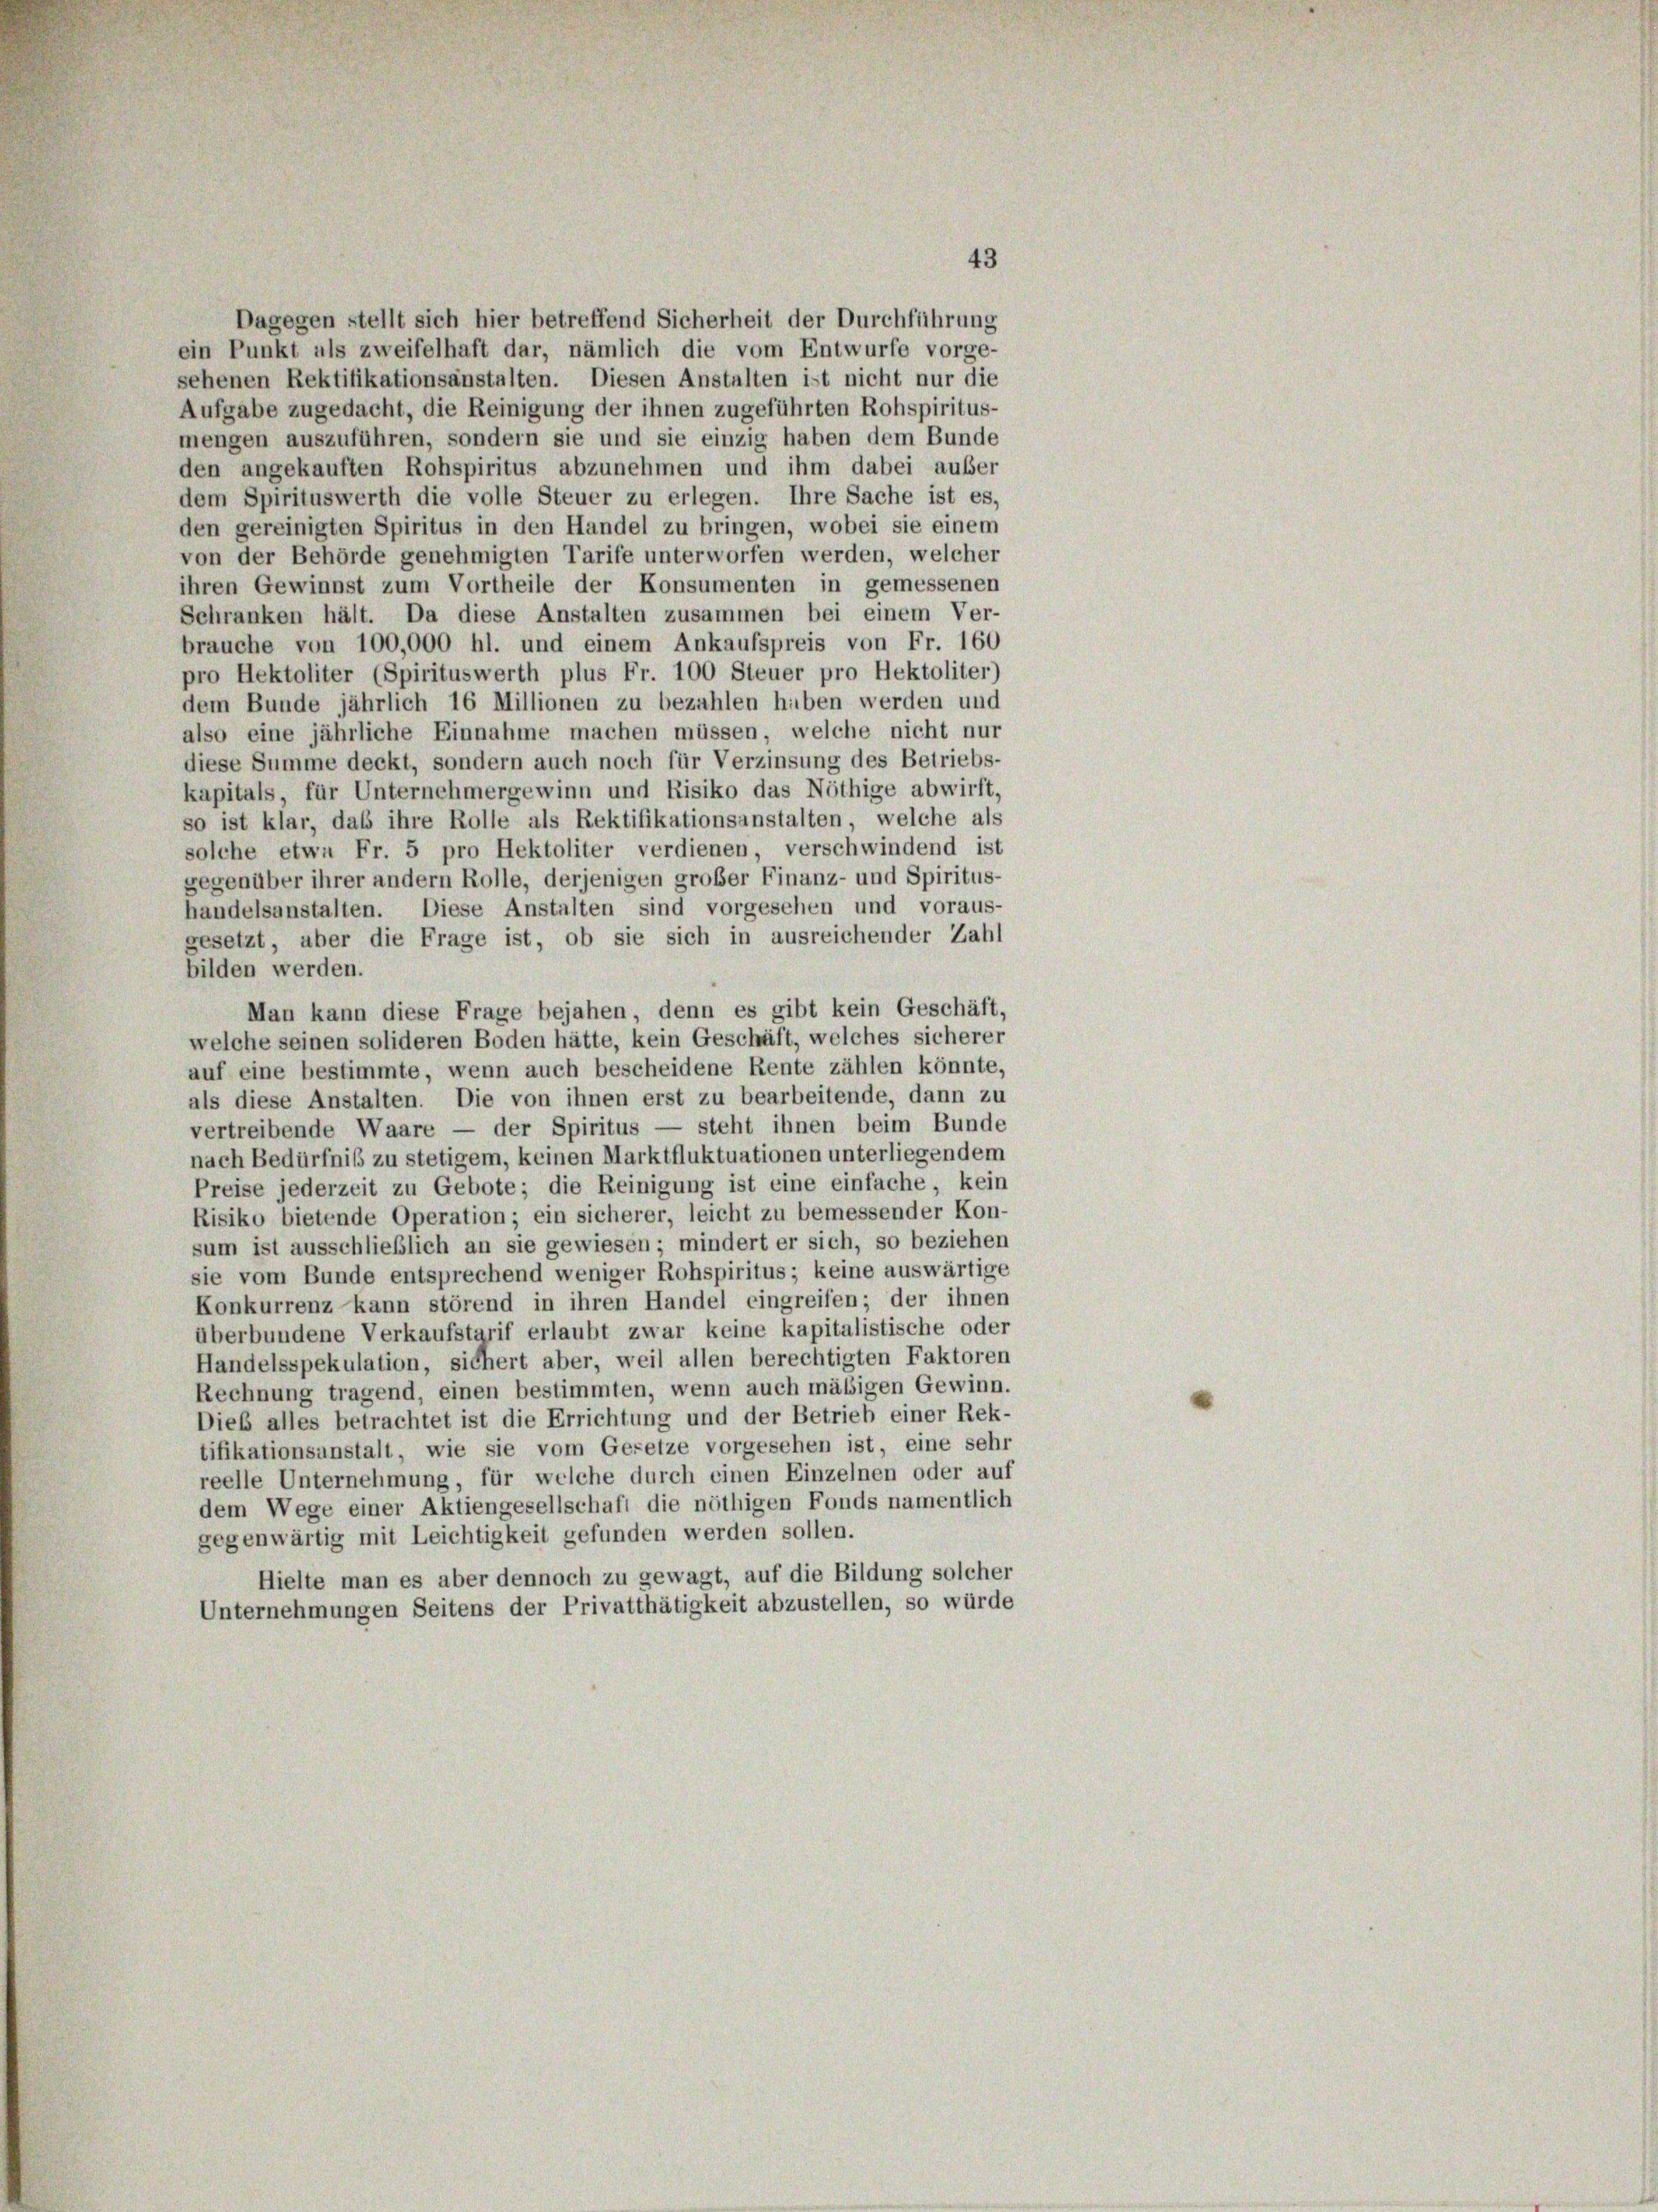
43
Dagegen stellt sich hier betreffend Sicherheit der Durchführung
ein Punkt als zweifelhaft dar, nämlich die vom Entwurfe vorge-
sehenen Rektifikationsanstalten. Diesen Anstalten ist nicht nur die
Aufgabe zugedacht, die Reinigung der ihnen zugeführten Rohspiritus-
mengen auszuführen, sondern sie und sie einzig haben dem Bunde
den angekauften Rohspiritus abzunehmen und ihm dabei außer
dem Spirituswerth die volle Steuer zu erlegen. Ihre Sache ist es,
den gereinigten Spiritus in den Handel zu bringen, wobei sie einem
von der Behörde genehmigten Tarife unterworfen werden, welcher
ihren Gewinnst zum Vortheile der Konsumenten in gemessenen
Schranken hält. Da diese Anstalten zusammen bei einem Ver-
brauche von 100,000 hl. und einem Ankaufspreis von Fr. 160
pro Hektoliter (Spirituswerth plus Fr. 100 Steuer pro Hektoliter)
dem Bunde jährlich 16 Millionen zu bezahlen haben werden und
also eine jährliche Einnahme machen müssen, welche nicht nur
diese Summe deckt, sondern auch noch für Verzinsung des Betriebs-
kapitals, für Unternehmergewinn und Risiko das Nöthige abwirft,
so ist klar, das ihre Rolle als Rektifikationsanstalten, welche als
solche etwa Fr. 5 pro Hektoliter verdienen, verschwindend ist
gegenüber ihrer andern Rolle, derjenigen großer Finanz- und Spiritus-
handelsanstalten. Diese Anstalten sind vorgesehen und voraus-
gesetzt, aber die Frage ist, ob sie sich in ausreichender Zahl
bilden werden.
Man kann diese Frage bejahen, denn es gibt kein Geschäft,
welche seinen solideren Boden hätte, kein Geschäft, welches sicherer
auf eine bestimmte, wenn auch bescheidene Rente zählen könnte,
als diese Anstalten. Die von ihnen erst zu bearbeitende, dann zu
vertreibende Waare — der Spiritus — steht ihnen beim Bunde
nach Bedürfniß zu stetigem, keinen Marktfluktuationen unterliegendem
Preise jederzeit zu Gebote; die Reinigung ist eine einfache, kein
Risiko bietende Operation; ein sicherer, leicht zu bemessender Kon-
sum ist ausschließlich an sie gewiesen; mindert er sich, so beziehen
sie vom Bunde entsprechend weniger Rohspiritus; keine auswärtige
Konkurrenz kann störend in ihren Handel eingreifen; der ihnen
überbundene Verkaufstarif erlaubt zwar keine kapitalistische oder
Handelsspekulation, sichert aber, weil allen berechtigten Faktoren
Rechnung tragend, einen bestimmten, wenn auch mäßigen Gewinn.
Dieb alles betrachtet ist die Errichtung und der Betrieb einer Rek-
tifikationsanstalt, wie sie vom Gesetze vorgesehen ist, eine sehr
reelle Unternehmung, für welche durch einen Einzelnen oder auf
dem Wege einer Aktiengesellschaft die nöthigen Fonds namentlich
gegenwärtig mit Leichtigkeit gefunden werden sollen.
Hielte man es aber dennoch zu gewagt, auf die Bildung solcher
Unternehmungen Seitens der Privatthätigkeit abzustellen, so würde